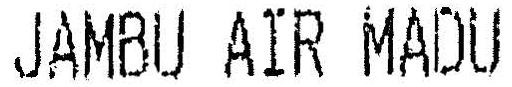
JAMBU AIR MADU